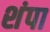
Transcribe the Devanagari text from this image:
शंपा